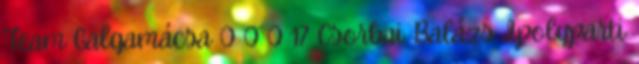
Team Galgamácsa 0 0 0 17 Csorbai Balázs Ipolyparti